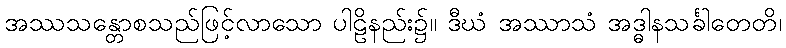
အဿသန္တောစသည်ဖြင့်လာသော ပါဠိနည်း၌။ ဒီဃံ အဿာသံ အဒ္ဓါနသင်္ခါတေတိ၊